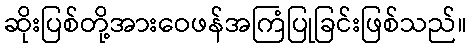
ဆိုးပြစ်တို့အားဝေဖန်အကြံပြုခြင်းဖြစ်သည်။